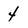
Character: 4